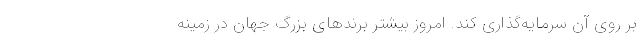
بر روی آن سرمایه‌گذاری کند. امروز بیشتر بِرَندهای بزرگ جهان در زمینه